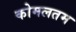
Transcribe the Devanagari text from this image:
कोमलतम